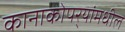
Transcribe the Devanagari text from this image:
कानाकोपर्‍यांमधील